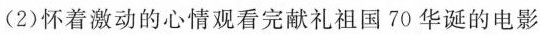
(2)怀着激动的心情观看完献礼祖国70华诞的电影